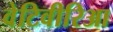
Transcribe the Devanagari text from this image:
वेटिवीरिआ